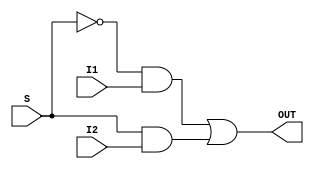
module Mux_2_to_1(S, I1, I2, OUT);

	input S; //Select
	input I1, I2;
	output OUT;
	
	
	/*
		Required Logic 
		OUT = ((~S & I1) | (S & I2));
	*/
	
	wire Sn_and_I1, S_and_I2;
	wire not_S;
	
	not not1(not_S, S);
	
	and and1(Sn_and_I1, not_S, I1);
	and and2(S_and_I2, S, I2);
	
	or or1(OUT, Sn_and_I1, S_and_I2);
	
endmodule